Annual administration and progress report of the Indian Medical Department, Bombay
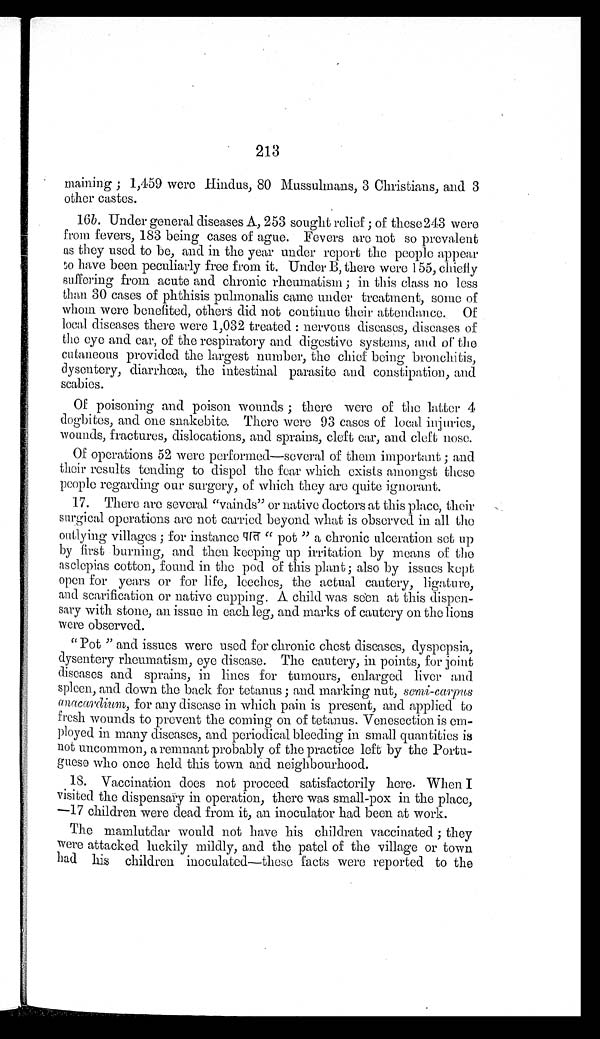
213
maining; 1,459 were Hindus, 80 Mussuhmans, 3 Christians, and 3
other castes.
16b . Under general diseases A, 253 sought relief; of these 243 were
from fevers, 183 being cases of ague. Fevers are not so prevalent
as they used to be, and in the year under report the people appear
to have been peculiarly free from it. Under B, there were 155, chiefly
suffering from acute and chronic rheumatism; in this class no less
than 30 cases of phthisis pulmonalis came under treatment, some of
whom were benefited, others did not continue their attendance. Of
local diseases there were 1,032 treated: nervous diseases, diseases of
the eye and ear, of the respiratory and digestive systems, and of the
cutaneous provided the largest number, the chief being bronchitis,
dysentery, diarrhœa, the intestinal parasite and constipation, and
scabies.
Of poisoning and poison wounds; there were of the latter 4
dogbites, and one snakebite. There were 93 cases of local injuries,
wounds, fractures, dislocations, and sprains, cleft ear, and cleft nose.
Of operations 52 were performed—several of them important; and
their results tending to dispel the fear which exists amongst these
people regarding our surgery, of which they are quite ignorant.
17. There are several "vainds" or native doctors at this place, their
surgical operations are not carried beyond what is observed in all the
outlying villages; for instance "pot" a chronic ulceration set up
by first burning, and then keeping up irritation by means of the
asclepias cotton, found in the pod of this plant; also by issues kept
open for years or for life, leeches, the actual cautery, ligature,
and scarification or native cupping. A child was seen at this dispen
-
sary with stone, an issue in each leg, and marks of cautery on the lions
were observed.
"Pot" and issues were used for chronic chest diseases, dyspepsia,
dysentery rheumatism, eye disease. The cautery, in points, for joint
diseases and sprains, in lines for tumours, enlarged liver and
spleen, and down the back for tetanus; and marking nut, semi-carpus
anacardium, for any disease in which pain is present, and applied to
fresh wounds to prevent the coming on of tetanus. Venesection is em
-
ployed in many diseases, and periodical bleeding in small quantities is
not uncommon, a remnant probably of the practice left by the Portu
-
guese who once held this town and neighbourhood.
18. Vaccination does not proceed satisfactorily here. When I
visited the dispensary in operation, there was small-pox in the place,
— 1 7 c h i l d r e n w e r e d e a d f r o m i t , a n i n o c u l a t o r h a d b e e n a t w o r k .
The mamlutdar would not have his children vaccinated; they
were attacked luckily mildly, and the patel of the village or town
had his children inoculated—these facts were reported to the